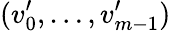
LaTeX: (v_{0}^{\prime},\ldots,v_{m-1}^{\prime})